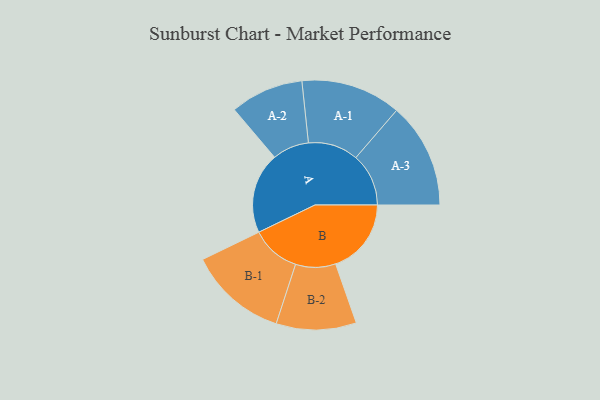
{"axis": {"x": "Segment", "y": "Value"}, "legend": ["", "A", "B"], "data": [{"x": "A", "y": 402, "type": ""}, {"x": "B", "y": 376, "type": ""}, {"x": "A-1", "y": 249, "type": "A"}, {"x": "A-2", "y": 182, "type": "A"}, {"x": "A-3", "y": 262, "type": "A"}, {"x": "B-1", "y": 245, "type": "B"}, {"x": "B-2", "y": 199, "type": "B"}]}